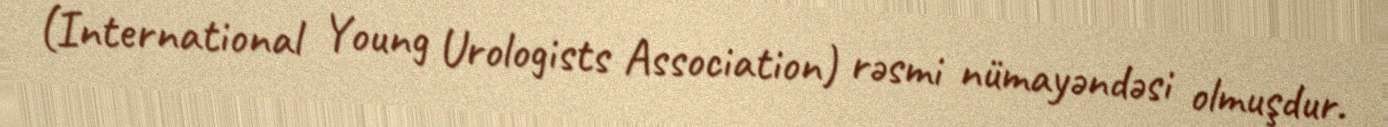
(International Young Urologists Association) rəsmi nümayəndəsi olmuşdur.